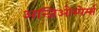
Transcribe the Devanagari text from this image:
अन्जिओस्पेर्म्स